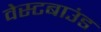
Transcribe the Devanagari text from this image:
वेस्टबाउंड